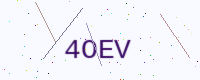
Text: 4OEV